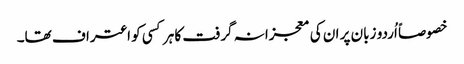
خصوصاً اُردو زبان پر ان کی معجزانہ گرفت کا ہر کسی کو اعتراف تھا۔